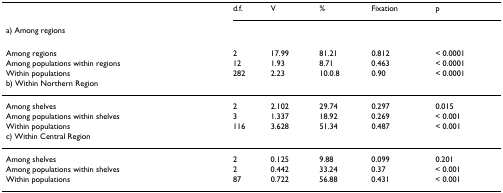
<table><thead><tr><td></td><td><b>d.f.</b></td><td><b>V</b></td><td><b>%</b></td><td><b>Fixation</b></td><td><b>p</b></td></tr><tr><td><b>a) Among regions</b></td><td></td><td></td><td></td><td></td><td></td></tr></thead><tbody><tr><td>Among regions</td><td>2</td><td>17.99</td><td>81.21</td><td>0.812</td><td>&lt; 0.0001</td></tr><tr><td>Among populations within regions</td><td>12</td><td>1.93</td><td>8.71</td><td>0.463</td><td>&lt; 0.0001</td></tr><tr><td>Within populations</td><td>282</td><td>2.23</td><td>10.0.8</td><td>0.90</td><td>&lt; 0.0001</td></tr><tr><td>b) Within Northern Region</td><td></td><td></td><td></td><td></td><td></td></tr><tr><td>Among shelves</td><td>2</td><td>2.102</td><td>29.74</td><td>0.297</td><td>0.015</td></tr><tr><td>Among populations within shelves</td><td>3</td><td>1.337</td><td>18.92</td><td>0.269</td><td>&lt; 0.001</td></tr><tr><td>Within populations</td><td>116</td><td>3.628</td><td>51.34</td><td>0.487</td><td>&lt; 0.001</td></tr><tr><td>c) Within Central Region</td><td></td><td></td><td></td><td></td><td></td></tr><tr><td>Among shelves</td><td>2</td><td>0.125</td><td>9.88</td><td>0.099</td><td>0.201</td></tr><tr><td>Among populations within shelves</td><td>2</td><td>0.442</td><td>33.24</td><td>0.37</td><td>&lt; 0.001</td></tr><tr><td>Within populations</td><td>87</td><td>0.722</td><td>56.88</td><td>0.431</td><td>&lt; 0.001</td></tr></tbody></table>